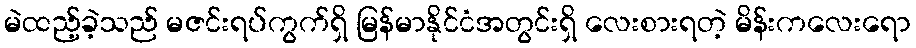
မဲထည့်ခဲ့သည် မဇင်းရပ်ကွက်ရှိ မြန်မာနိုင်ငံအတွင်းရှိ လေးစားရတဲ့ မိန်းကလေးရော